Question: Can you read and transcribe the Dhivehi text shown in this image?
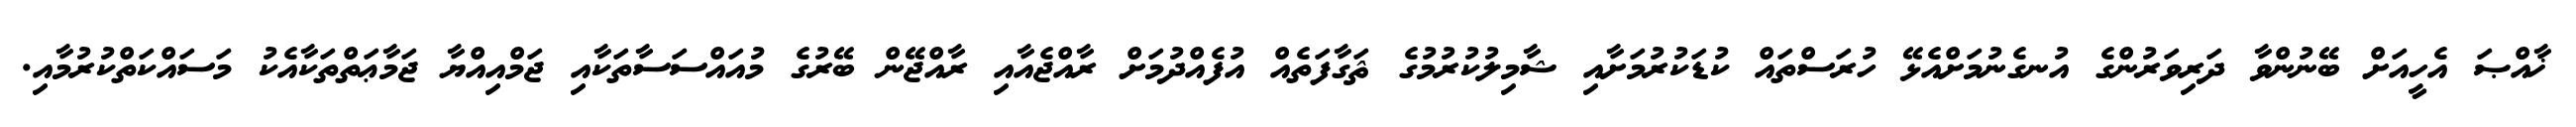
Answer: ޚާއްޞަ އެހީއަށް ބޭނުންވާ ދަރިވަރުންގެ އުނގެނުމަށްއެޅޭ ހުރަސްތައް ކުޑަކުރުމަށާއި ޝާމިލުކުރުމުގެ ޘަގާފަތެއް އުފެއްދުމަށް ރާއްޖެއާއި ރާއްޖޭން ބޭރުގެ މުއައްސަސާތަކާއި ޖަމްއިއްޔާ ޖަމާޢަތްތަކާއެކު މަސައްކަތްކުރުމާއި.